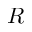
R